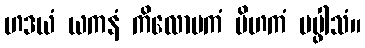
ဟဒယံ ယကနံ ကိလောမကံ ပိဟကံ ပပ္ဖါသံ။